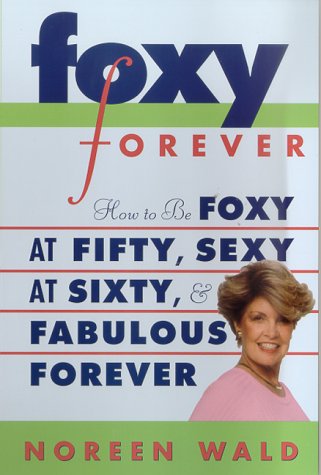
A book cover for Foxy Forever: How to Be Foxy at Fifty, Sexy at Sixty, and Fabulous Forever; Noreen Wald; Health, Fitness & Dieting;